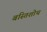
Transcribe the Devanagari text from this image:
बस्तिशोथ